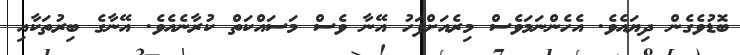
ބޮޑުވެގެން ދިޔައެވެ. އެހެންނަމަވެސް މިރެއަށްފަހު އޭނާ ވެސް މަސައްކަތް ކުރާނެއެވެ. އޭނާގެ ބިރުތަކާއި